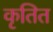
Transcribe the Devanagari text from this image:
कृतित